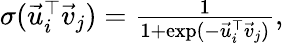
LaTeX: \begin{array}{r}{\sigma(\vec{u}_{i}^{\top}\vec{v}_{j})=\frac{1}{1+\exp(-\vec{u}_{i}^{\top}\vec{v}_{j})},}\end{array}